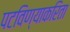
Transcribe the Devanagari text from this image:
पटविण्याकरिता